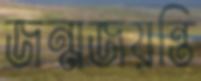
জন্মজয়ন্তি